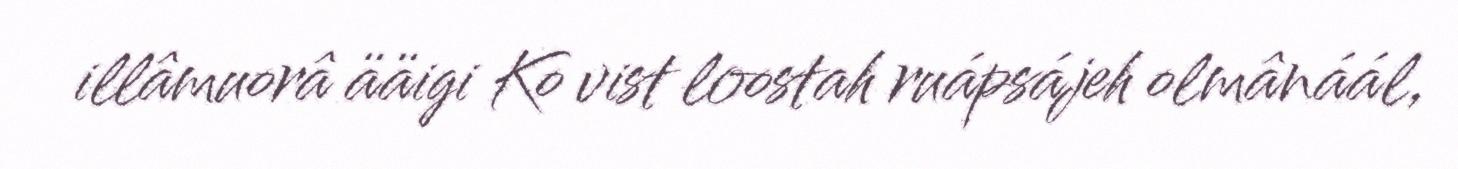
illâmuorâ ääigi Ko vist loostah ruápsájeh olmânáál,